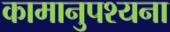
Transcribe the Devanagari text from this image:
कामानुपश्यना